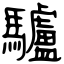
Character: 驢